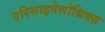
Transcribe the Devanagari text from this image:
एरिसाइपेलोथ्रिक्स